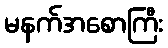
မနက်အစောကြီး